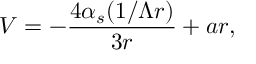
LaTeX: V = - { \frac { 4 \alpha _ { s } ( 1 / \Lambda r ) } { 3 r } } + a r ,